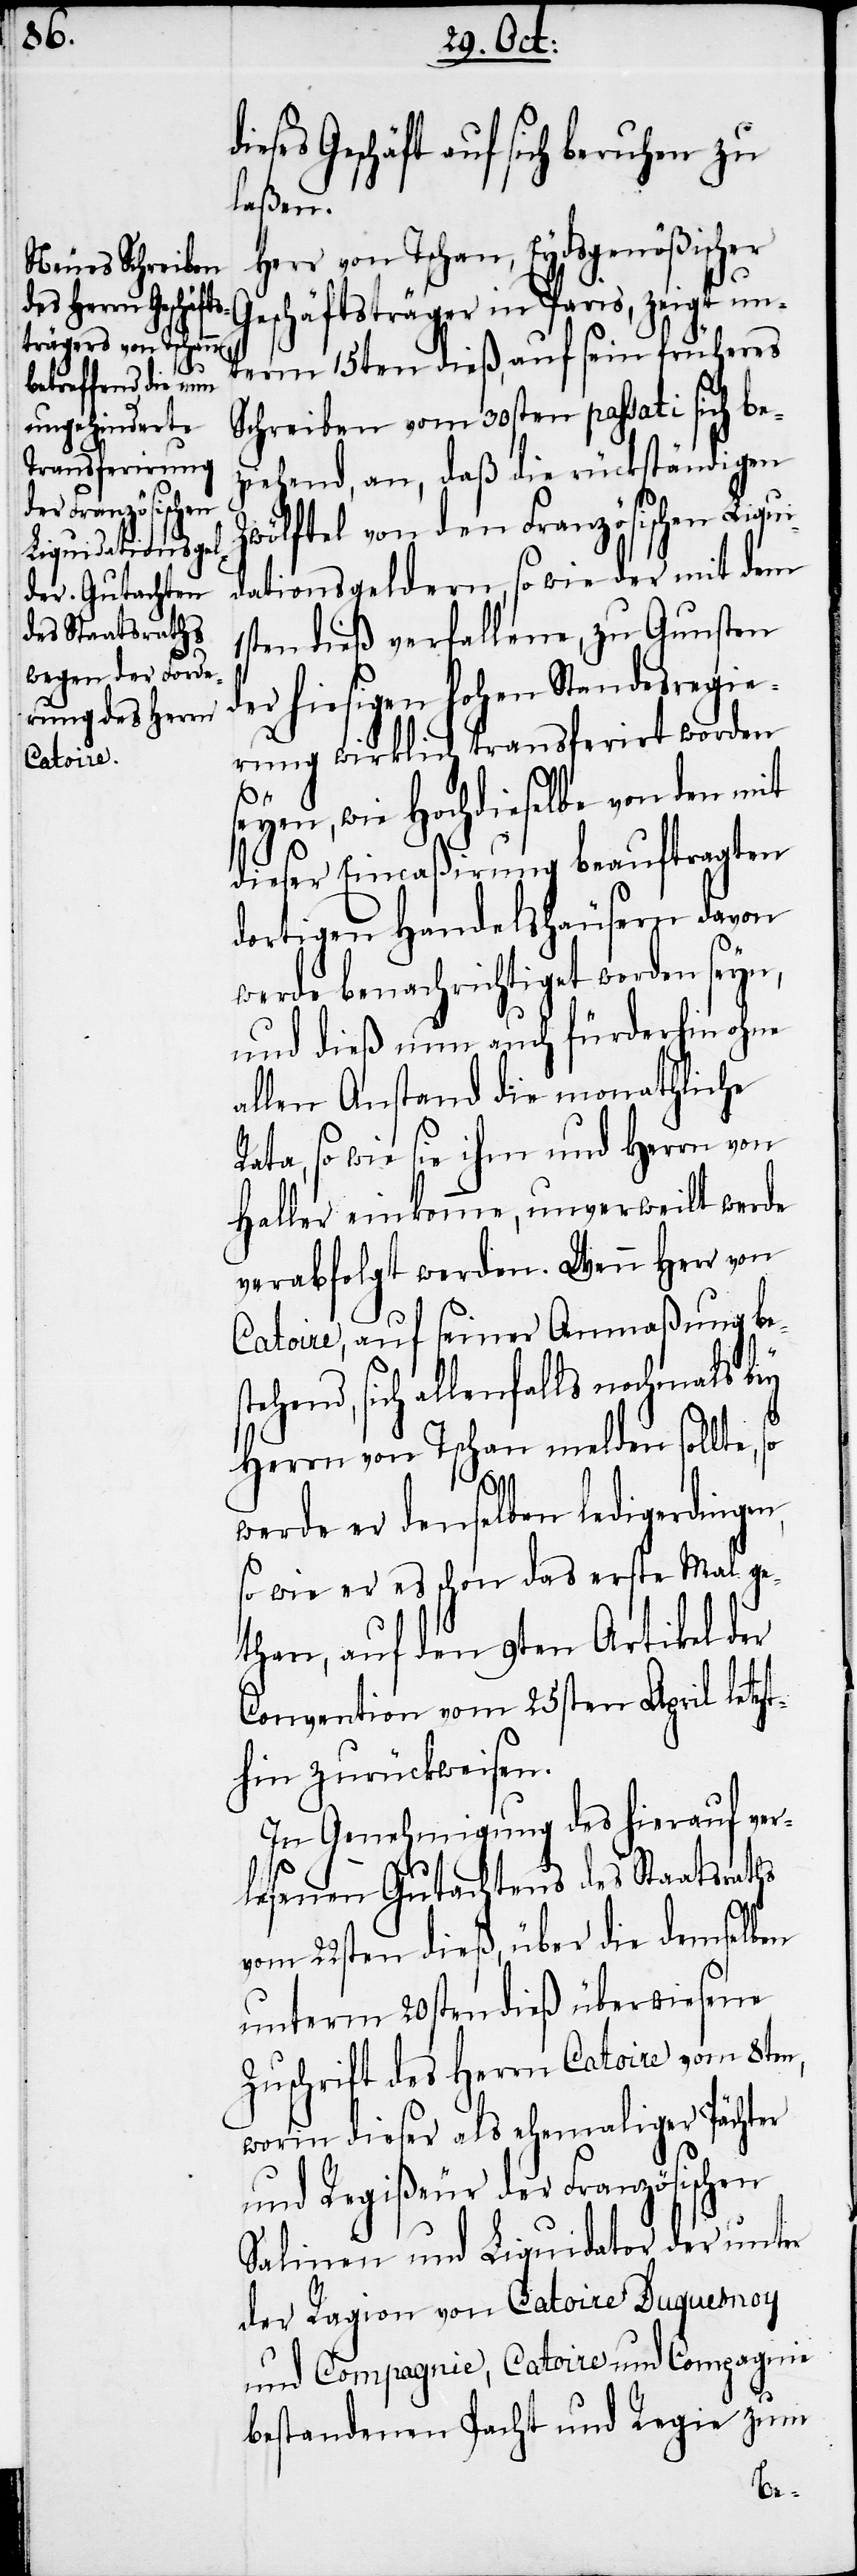
eses Geschäft auf sich beruhen zu
laßen.
Herr von Tschan, Eydsgenößischer
eschäftsträger in Paris, zeigt un¬
term 15ten dieß, auf sein früheres
Schreiben vom 30sten passati sich be¬
ziehend, an, daß die rückständigen
Zwölftel von den Französischen Liqui¬
dationsgeldern, so wie der mit dem
ten dieß verfallene, zu Gunsten
der hiesigen hohen Standesregie¬
rung wirklich transferirt worden
so
seyen, wie Hochdieselbe von den mit
dieser Eincaßirung beauftragten
dortigen Handelshäusern davon
werde benachrichtiget worden seyn,
und dieß nun auch fürderhin ohne
allen Anstand die monathliche
Rata, so wie sie ihm und Herrn von
Haller einkomme, unverweilt werde
verabfolgt werden. Wenn Herr von
Catoire, auf seiner Anmaßung be¬
tehend, sich allenfalls nochmals bey
Herrn von Tschan melden sollte,
werde er denselben ledigerdingen,
so wie er es schon das erste Mal ge¬
than, auf den 9ten Artikel der
Convention vom 25sten April letzt¬
hin zurückweisen.
In Genehmigung des hierauf ver¬
lesenen Gutachtens des Staatsraths
vom 22sten dieß, über die demselben
unterm 20sten dieß überwiesene
Zuschrift des Herrn Catoire vom 8ten,
worin dieser als ehemaliger Pächter
und Regißeur der Französischen
Salinen und Liquidator der unter
der Ragion von Catoire Duquesnoy
und Compagnie, Catoire und Compagnie
bestandenen Pacht und Regie zum